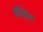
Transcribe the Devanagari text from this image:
कौकेट